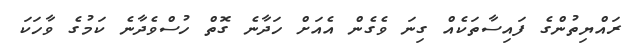
ރައްޔިތުންގެ ފައިސާތަކެއް ގިނަ ވެގެން އެއަށް ހަދާނެ ގޮތް ހުސްވެދާނެ ކަމުގެ ވާހަކަ